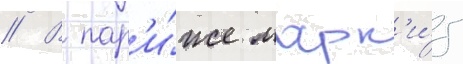
// В пар'и́же марк'и́з